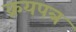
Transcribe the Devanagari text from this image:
क्रयपत्र